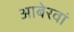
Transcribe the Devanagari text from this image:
आबेरवां